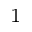
^ { 1 }